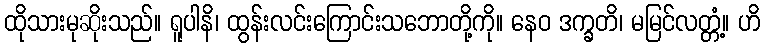
ထိုသားမုဆိုးသည်။ ရူပါနိ၊ ထွန်းလင်းကြောင်းသဘောတို့ကို။ နေဝ ဒက္ခတိ၊ မမြင်လတ္တံ့။ ဟိ